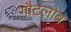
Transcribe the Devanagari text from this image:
गौटलोब